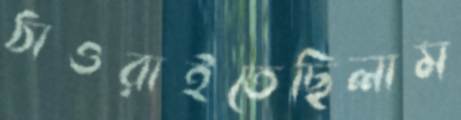
ঠাওরাইতেছিলাম